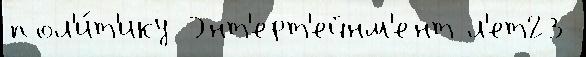
пол'и́т'ику Энт'ерт'ейнм'ент л'ет23